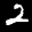
Label: 2